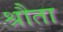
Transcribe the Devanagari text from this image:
श्रौता